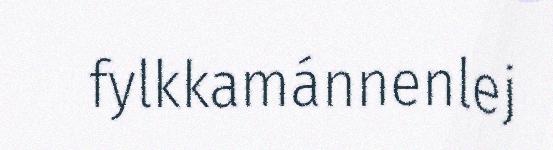
fylkkamánnenlej